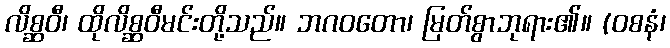
လိစ္ဆဝီ၊ ထိုလိစ္ဆဝီမင်းတို့သည်။ ဘဂဝတော၊ မြတ်စွာဘုရား၏။ (ဝစနံ၊